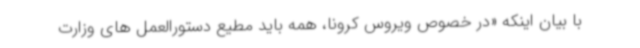
با بیان اینکه «در خصوص ویروس کرونا، همه باید مطیع دستورالعمل های وزارت